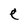
Character: e